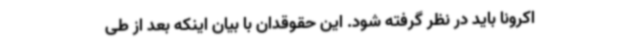
اکرونا باید در نظر گرفته شود. این حقوقدان با بیان اینکه بعد از طی